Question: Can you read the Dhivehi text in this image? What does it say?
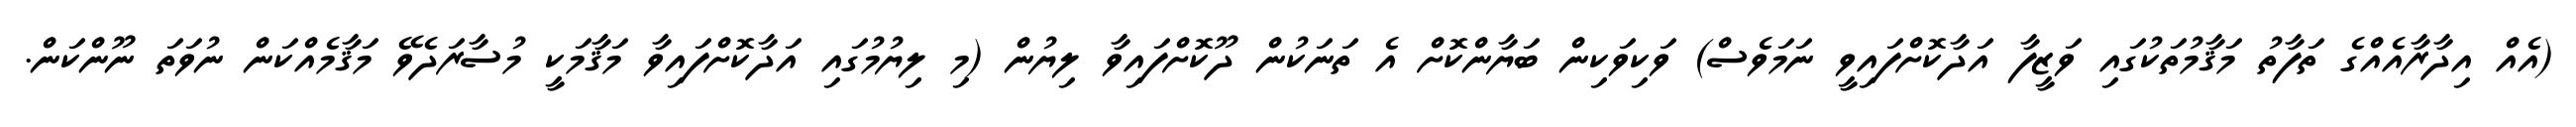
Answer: (އެއް އިދާރާއެއްގެ ތަފާތު މަޤާމުތަކުގައި ވަޒީފާ އަދާކޮށްފައިވީ ނަމަވެސް) ވަކިވަކިން ބަޔާންކޮށް އެ ތަނަކުން ދޫކޮށްފައިވާ ލިޔުން (މި ލިޔުމުގައި އަދާކޮށްފައިވާ މަޤާމަކީ މުސާރަދެވޭ މަޤާމެއްކަން ނުވަތަ ނޫންކަން.